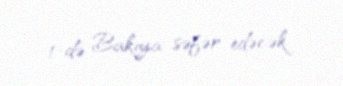
1-də Bakıya səfər edəcək.